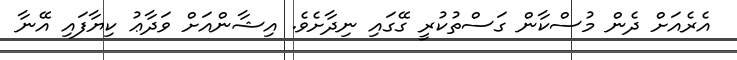
އެރެއަށް ދެން މުސްކާން ގަސްތުކުރީ ގޭގައި ނިދާށެވެ. އިޝާންއަށް ވަދާޢު ކިޔާފައި އޭނާ